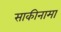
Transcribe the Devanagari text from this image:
साकीनामा